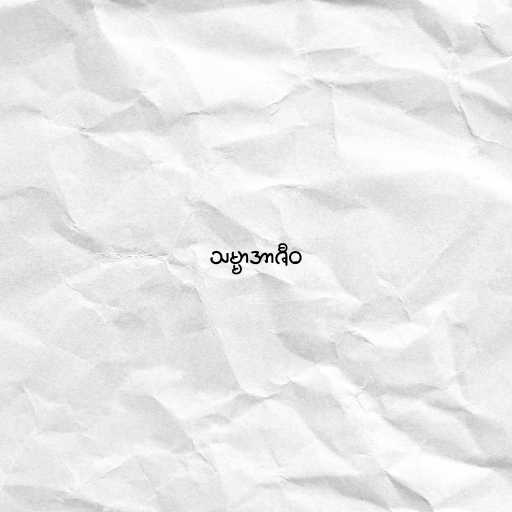
သမ္မာအာဇီဝ